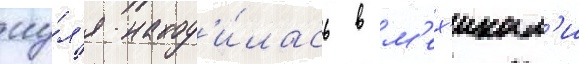
иу́л'я наход'и́лась в м'ех'икал'и